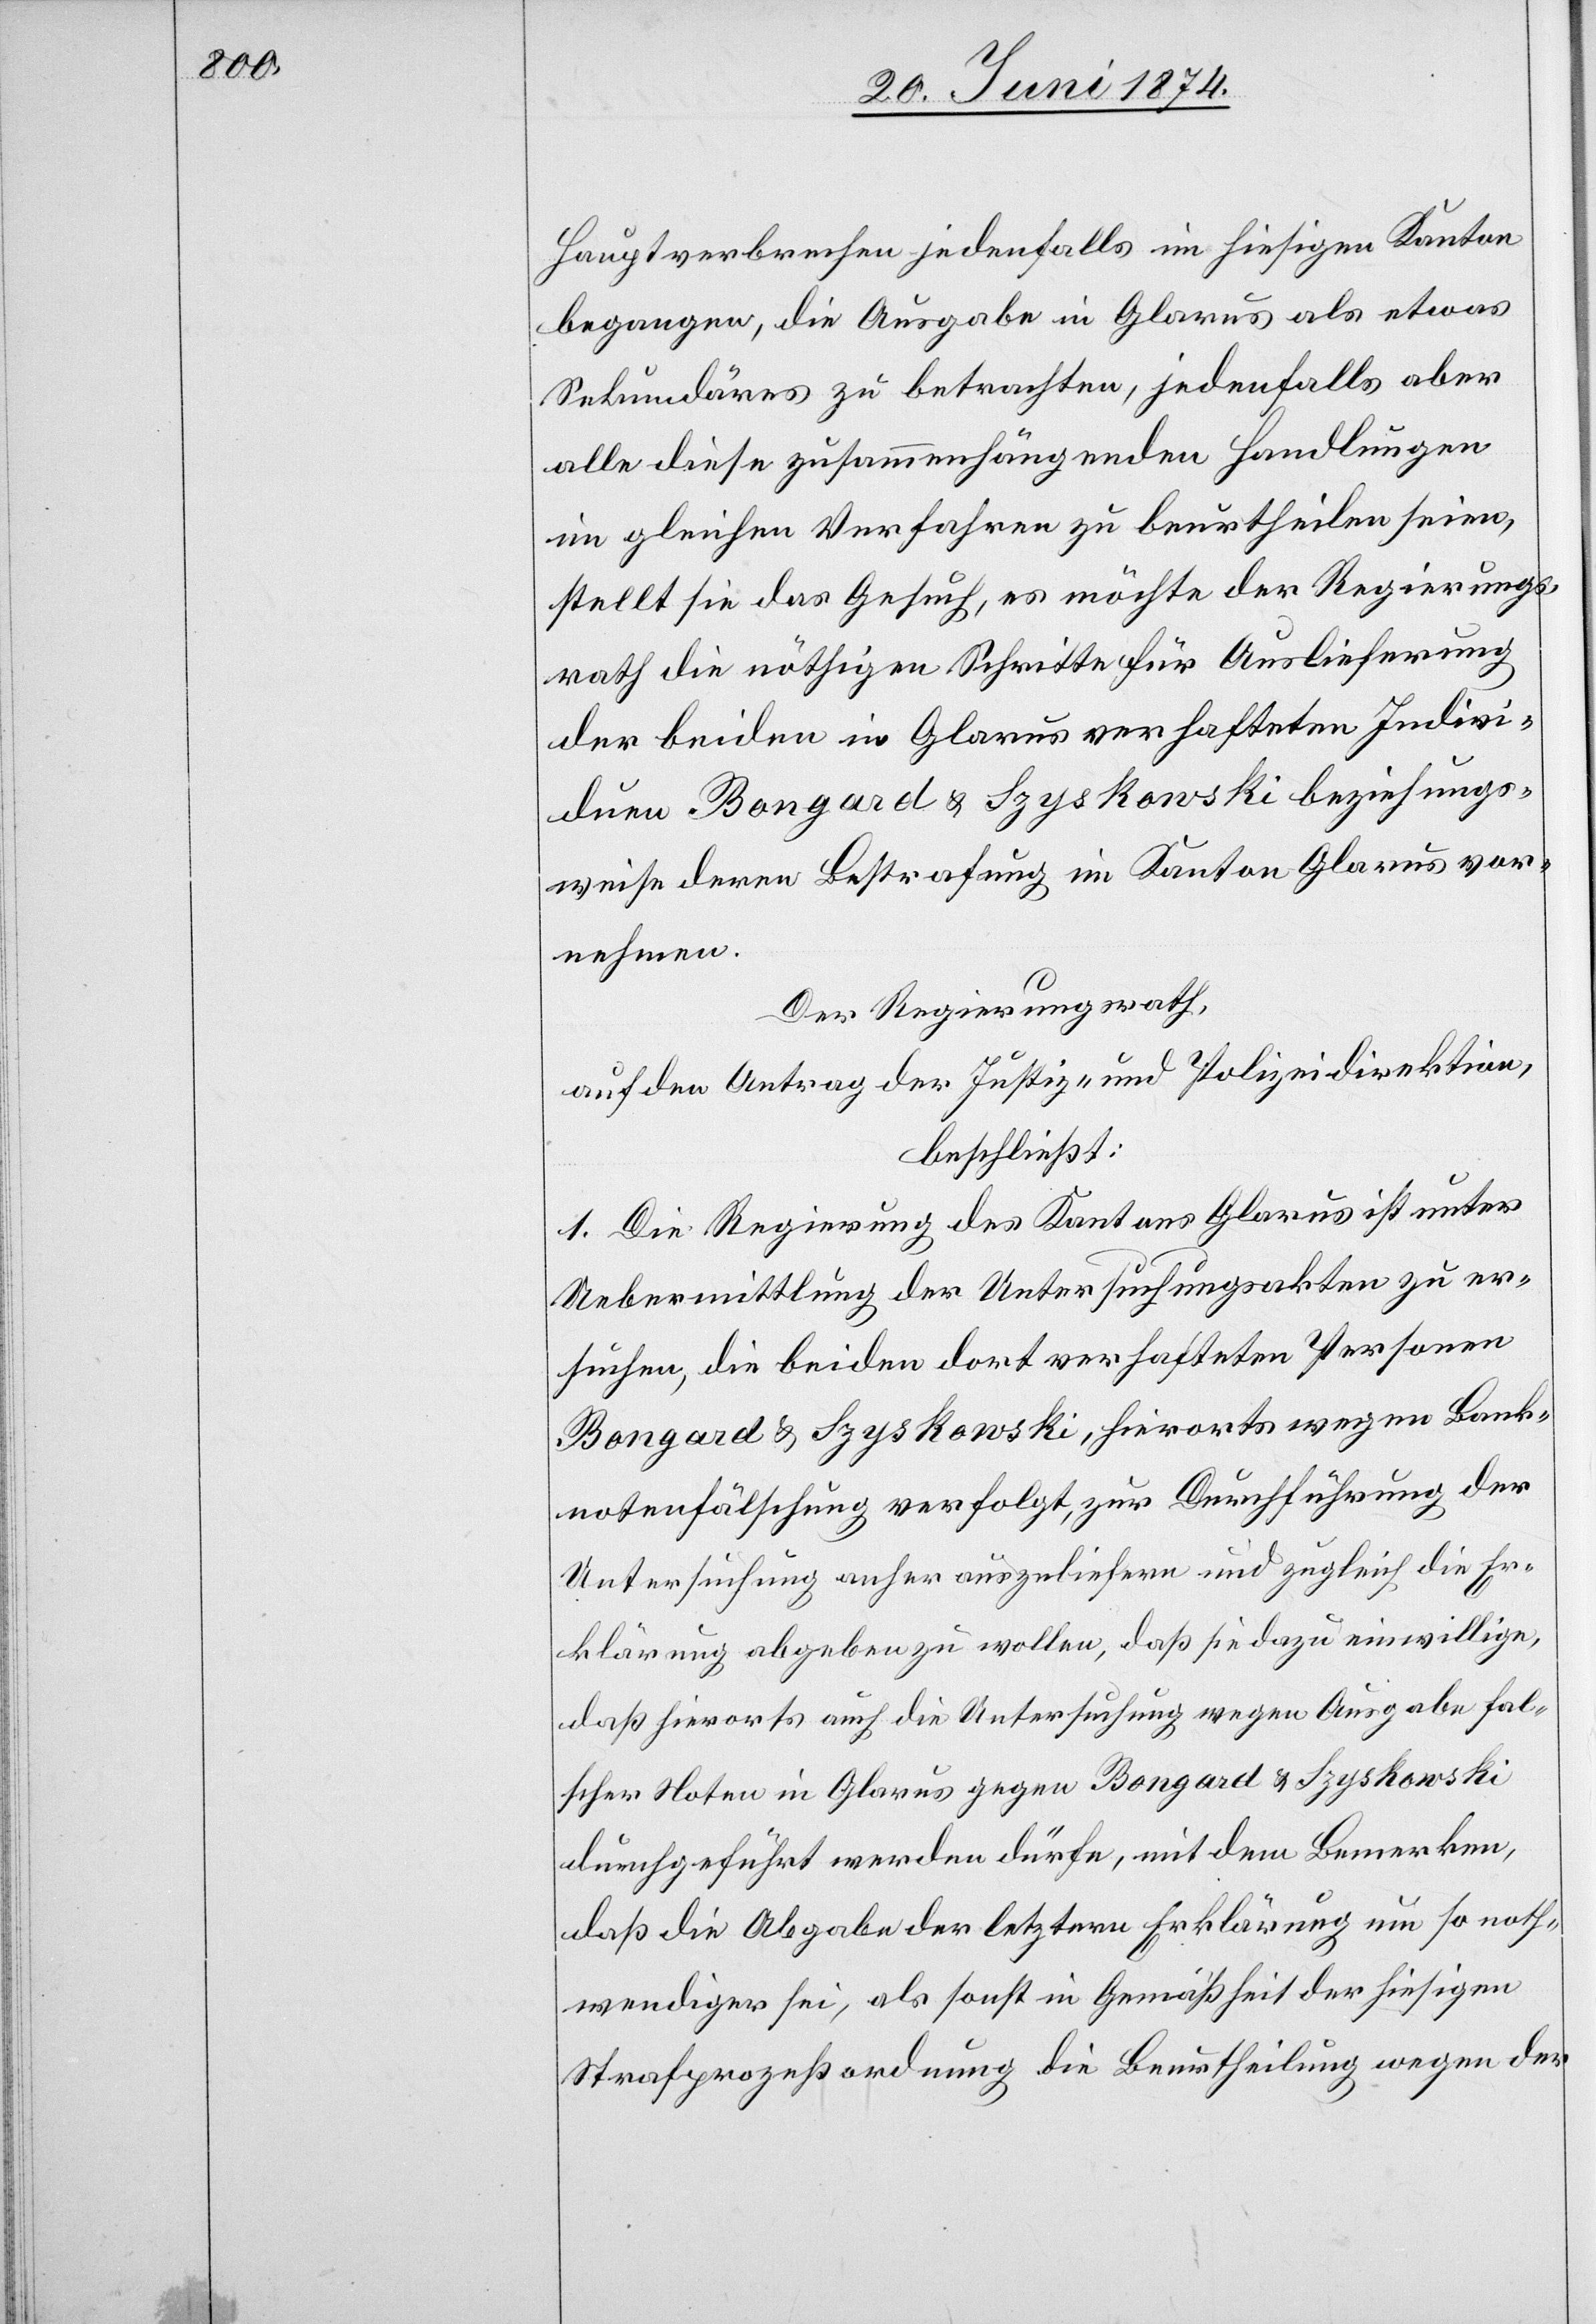
Hauptverbrechen jedenfalls im hiesigen Kanton
begangen, die Ausgabe in Glarus als etwas
Sekundäres zu betrachten, jedenfalls aber
alle diese zusammenhängenden Handlungen
im gleichen Verfahren zu beurtheilen seien,
stellt sie das Gesuch, es möchte der Regierungs¬
rath die nöthigen Schritte für Auslieferung
der beiden in Glarus verhafteten Indivi¬
duen Bongard u. Szyskowski beziehungs¬
weise deren Bestrafung im Kanton Glarus vor¬
nehmen.
Der Regierungsrath,
auf den Antrag der Justiz- u. Polizeidirektion,
beschließt:
1. Die Regierung des Kantons Glarus ist unter
Uebermittlung der Untersuchungsakten zu er¬
suchen, die beiden dort verhafteten Personen
Bongard u. Szyskowski, hierorts wegen Bank¬
notenfälschung verfolgt, zur Durchführung der
Untersuchung anher auszuliefern und zugleich die Er¬
klärung abgeben zu wollen, daß sie dazu einwillige,
daß hierorts auch die Untersuchung wegen Ausgabe fal¬
scher Noten in Glarus gegen Bongard u. Szyskowsi
durchgeführt werden dürfe, mit dem Bemerken,
daß die Abgabe der letztern Erklärung um so noth¬
wendiger sei, als sonst in Gemäßheit der hiesigen
Strafprozeßordnung die Beurtheilung wegen der